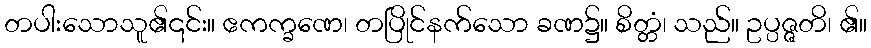
တပါးသောသူ၏၎င်း။ ဧကက္ခဏေ၊ တပြိုင်နက်သော ခဏ၌။ စိတ္တံ၊ သည်။ ဥပ္ပဇ္ဇတိ၊ ၏။